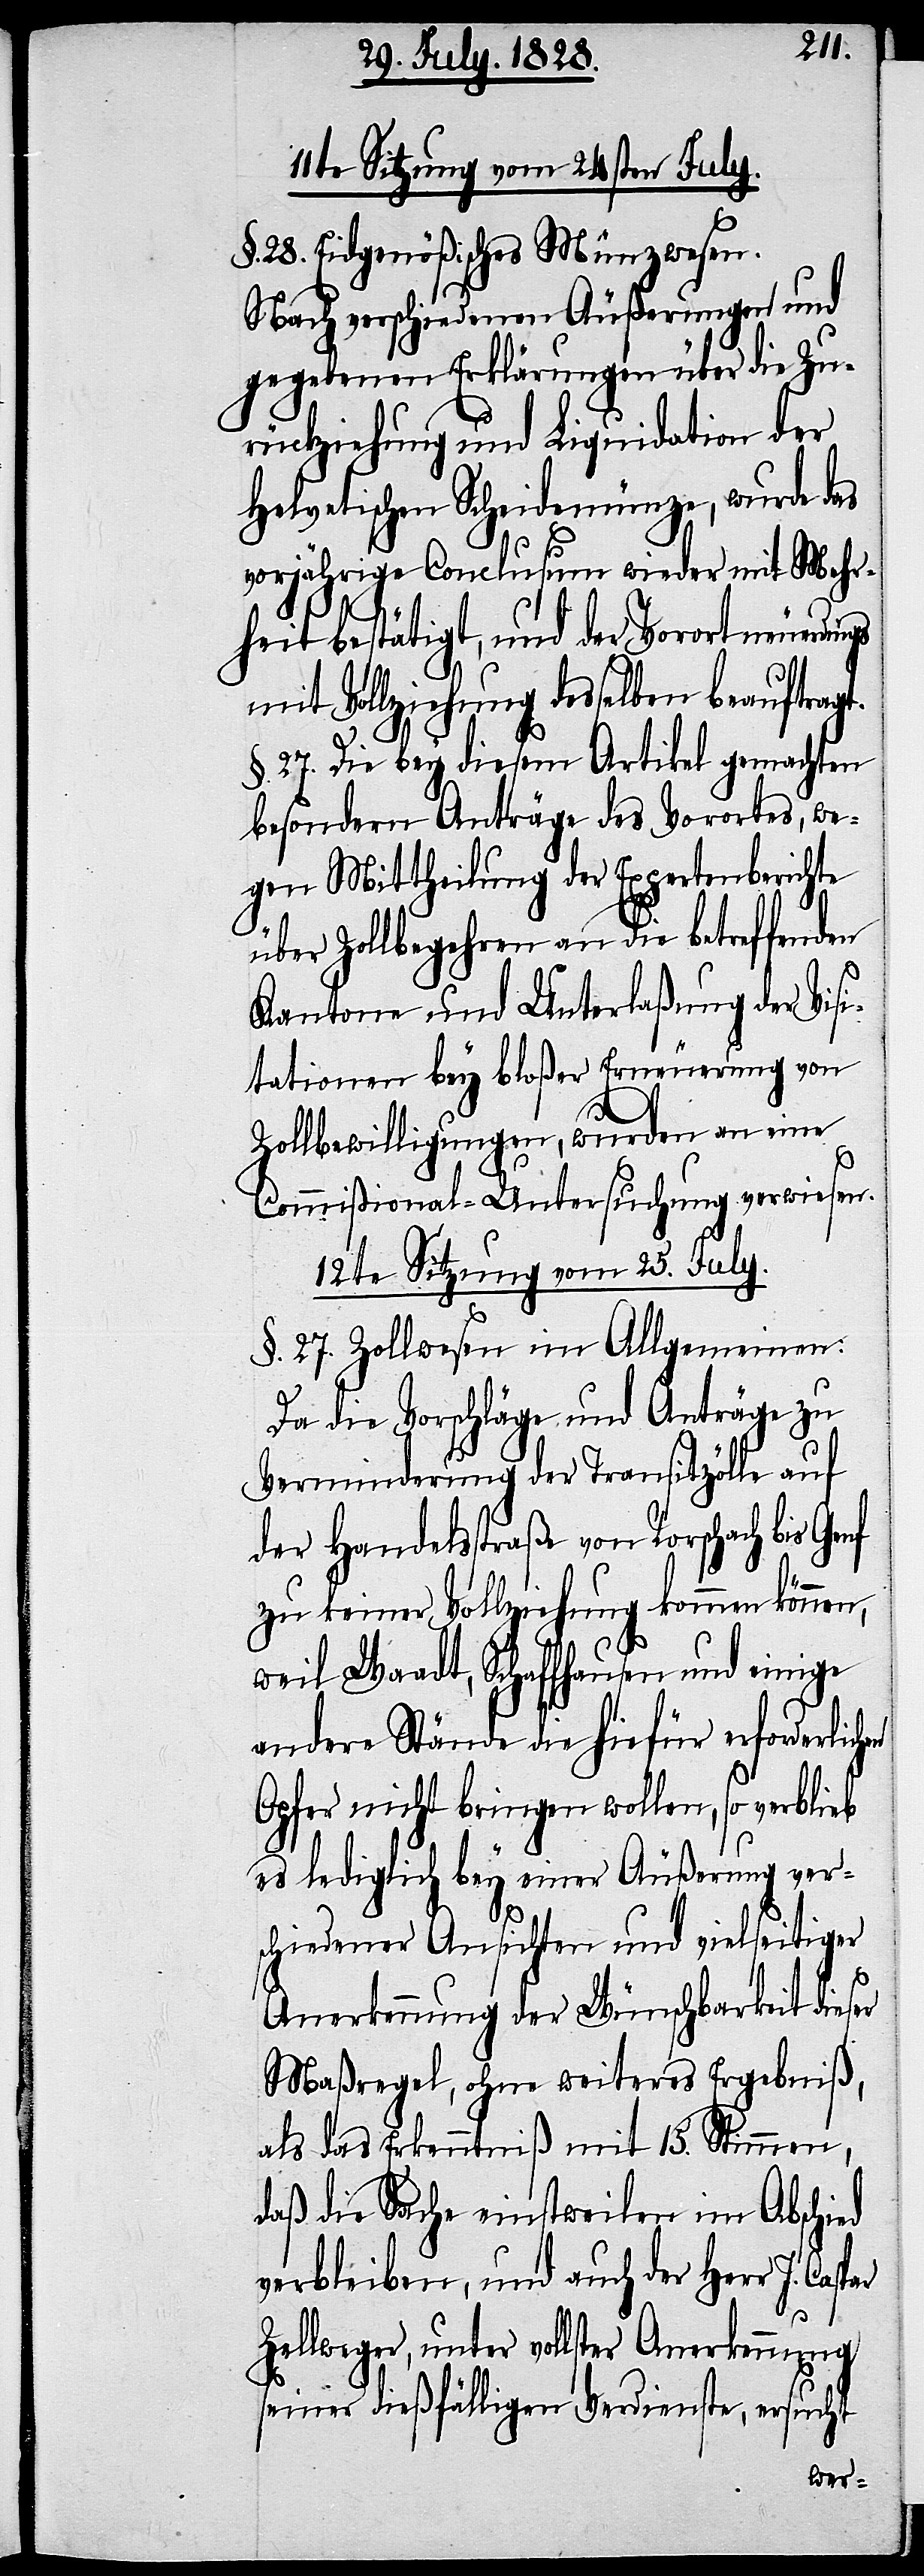
11te Sitzung vom 24sten July.
§. 28. Eidgenößisches Münzwesen.
Nach verschiedenen Äußerungen und
gegebenen Erklärungen über die Zu¬
rückziehung und Liquidation der
Helvetischen Scheidemünze, wurde das
vorjährige Conclusum wieder mit Mehr¬
heit bestätigt, und der Vorort neuerdings
mit Vollziehung desselben beauftragt.
§. 27. Die bey diesem Artikel gemachten
besondern Anträge des Vorortes, we¬
gen Mittheilung der Expertenberichte
über Zollbegehren an die betreffenden
Kantone und Unterlaßung der Visi¬
tationen bey bloßer Erneuerung von
Zollbewilligungen, wurden an eine
Commißional-Untersuchung verwiesen.
12te Sitzung vom 25. July.
§. 27. Zollwesen im Allgemeinen:
Da die Vorschläge und Anträge zu
Verminderung der Transitzölle auf
der Handelsstraße von Rorschach bis Ge¬
zu keiner Vollziehung kommen können,
weil Waadt, Schaffhausen und einige
andere Stände die hiefür erforderlich¬
Opfer nicht bringen wollen, so verblieb
es lediglich bey einer Äußerung vers¬
chiedener Ansichten und vielseitiger
en
Anerkennung der Wünschbarkeit dieser
Maßregel, ohne weiteres Ergebniß,
als das Erkenntniß mit 15. Stimmen,
daß die Sache einstweilen im Abschied
verbleiben, und auch der Herr
Zellweger, unter vollster Anerkennung
seiner dießfälligen Verdienste, ersucht